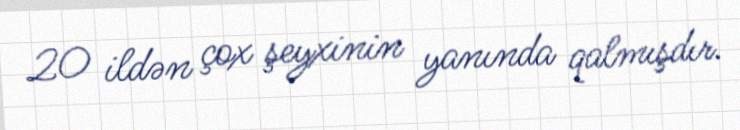
20 ildən çox şeyxinin yanında qalmışdır.